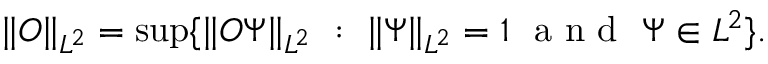
\Vert O \Vert _ { L ^ { 2 } } = \operatorname* { s u p } \{ \Vert O \Psi \Vert _ { L ^ { 2 } } ~ : ~ \Vert \Psi \Vert _ { L ^ { 2 } } = 1 ~ \mathrm { ~ a ~ n ~ d ~ } ~ \Psi \in L ^ { 2 } \} .